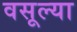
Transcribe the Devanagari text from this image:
वसूल्या